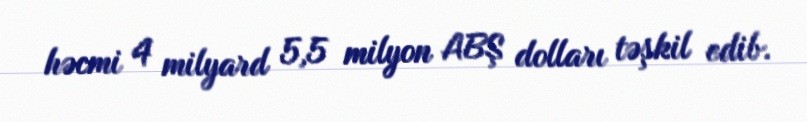
həcmi 4 milyard 5,5 milyon ABŞ dolları təşkil edib.